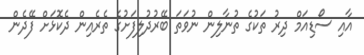
އާއި ސޯޑިއަމް ދިރު ތަކުގެ ތުނާލިން ނުވަތަ ބޭރުދުލިފަށުގެ ތެރެއިން ދެކޮޅަށް ފޭދެން